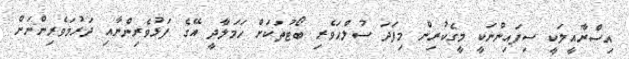
އިސްރާއީލަކީ ސިފައިންނަކީ މީގެކުރިން މިފަދަ ސުލްޙަވެރި ބޯޓުތަކަށް ހަމަލާދީ އޭގެ ފަޅުވެރިންނާއި ދަރުމަވެރިންނަށް